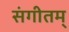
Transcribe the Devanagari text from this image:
संगीतम्‌